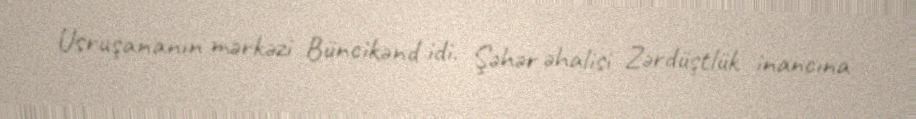
Usruşananın mərkəzi Büncikənd idi. Şəhər əhalisi Zərdüştlük inancına